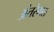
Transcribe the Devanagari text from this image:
अंतरेगत